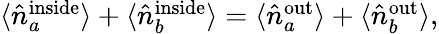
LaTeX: \begin{array}{r}{\langle\hat{n}_{a}^{\mathrm{{inside}}}\rangle+\langle\hat{n}_{b}^{\mathrm{{inside}}}\rangle=\langle\hat{n}_{a}^{\mathrm{{out}}}\rangle+\langle\hat{n}_{b}^{\mathrm{{out}}}\rangle,}\end{array}